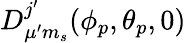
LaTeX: D_{\mu^{\prime}m_{s}}^{j^{\prime}}(\phi_{p},\theta_{p},0)